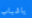
ياشباب